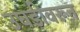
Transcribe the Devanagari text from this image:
उघडीवरून